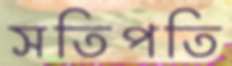
সতিপতি